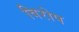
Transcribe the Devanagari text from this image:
विरोप